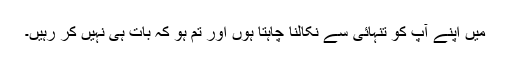
میں اپنے آپ کو تنہائی سے نکالنا چاہتا ہوں اور تم ہو کہ بات ہی نہیں کر رہیں۔